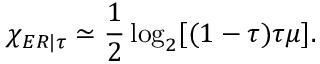
\chi _ { E R | \tau } \simeq \frac { 1 } { 2 } \log _ { 2 } [ ( 1 - \tau ) \tau \mu ] .